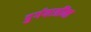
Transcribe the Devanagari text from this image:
दुर्गयात्रींना